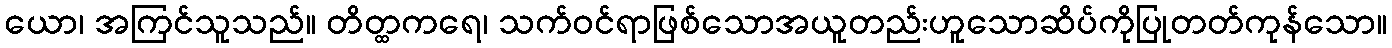
ယော၊ အကြင်သူသည်။ တိတ္ထကရေ၊ သက်ဝင်ရာဖြစ်သောအယူတည်းဟူသောဆိပ်ကိုပြုတတ်ကုန်သော။